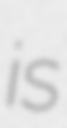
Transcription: is